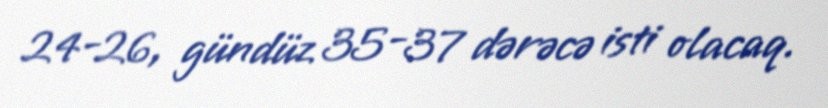
24-26, gündüz 35-37 dərəcə isti olacaq.